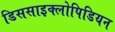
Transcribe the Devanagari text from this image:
डिससाइक्लोपिडियन